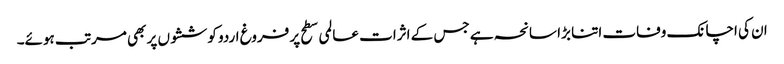
ان کی اچانک وفات اتنا بڑا سانحہ ہے جس کے اثرات عالمی سطح پر فروغ اردو کوششوں پر بھی مرتب ہوئے۔